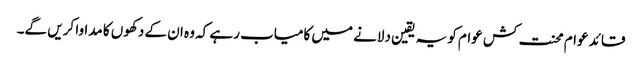
قائد عوام محنت کش عوام کو یہ یقین دلانے میں کامیاب رہے کہ وہ ان کے دکھوں کا مداوا کریں گے۔